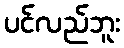
ပင်လည်ဘူး